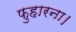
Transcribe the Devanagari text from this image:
फुहारना।